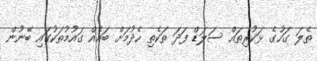
ތެލަ ގަހުގެ ޅަކުރިތައް ސަލަޑް ފަދަ ތަކެތި ހެދުމަށް ބައެއް ގައުމުތަކުގައި ބޭނުން